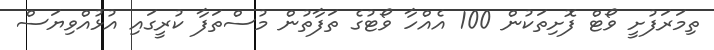
ތިމަރަފުށީ ވޯޓް ފޮށިތަކުން 100 އެއްހާ ވޯޓުގެ ތަފާތުން މުސްތަފާ ކުރީގައި އުޅުއްވިޔަސް